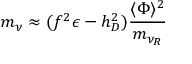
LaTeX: m _ { \nu } \approx ( f ^ { 2 } \epsilon - h _ { D } ^ { 2 } ) { \frac { \langle \Phi \rangle ^ { 2 } } { m _ { \nu _ { R } } } }